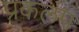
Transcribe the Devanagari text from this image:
प्रकलप